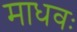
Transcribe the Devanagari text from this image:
माधवः